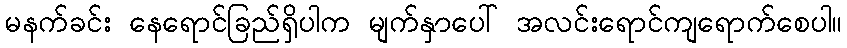
မနက်ခင်း နေရောင်ခြည်ရှိပါက မျက်နှာပေါ် အလင်းရောင်ကျရောက်စေပါ။